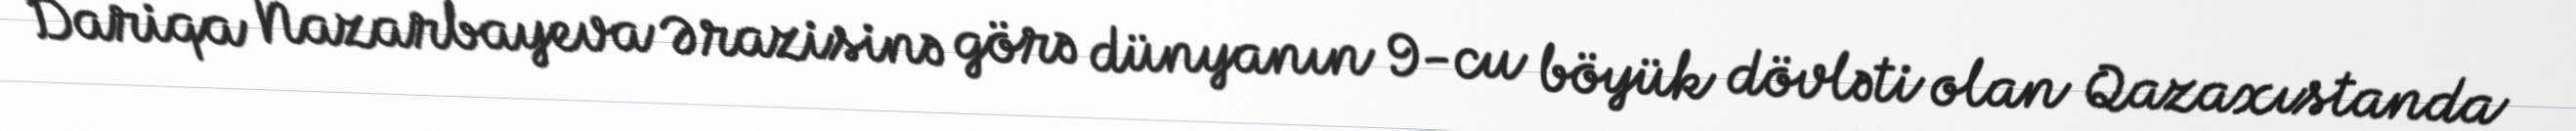
Dariqa Nazarbayeva Ərazisinə görə dünyanın 9-cu böyük dövləti olan Qazaxıstanda